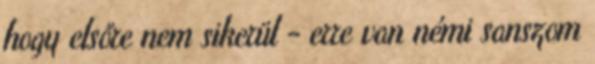
hogy elsőre nem sikerül - erre van némi sanszom